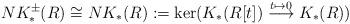
LaTeX: \begin{align*}NK^{\pm}_*(R)\cong NK_*(R) := \ker(K_*(R[t])\overset{t\mapsto 0}{\longrightarrow} K_*(R))\end{align*}